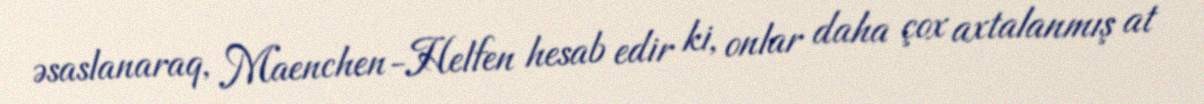
əsaslanaraq, Maenchen-Helfen hesab edir ki, onlar daha çox axtalanmış at